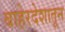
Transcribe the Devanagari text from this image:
बाहेरदेशातून